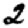
Digit: 2